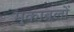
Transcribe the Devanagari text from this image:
मु्काबलों